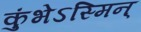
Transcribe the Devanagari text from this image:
कुंभेऽस्मिन्